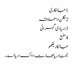
1 جانکاری
2 نکلن دا علاقہ
3 دریا دی گہرائی
4 منبع
جانکاریلکھو
جمنا دریا بھارت دا اک دریا اے ۔